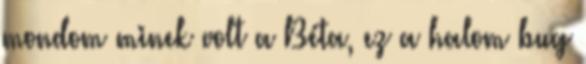
mondom minek volt a Béta, ez a halom bug